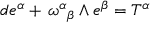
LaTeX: d e ^ { \alpha } + { { \, \omega } ^ { \alpha } } _ { \beta } \wedge e ^ { \beta } = T ^ { \alpha }